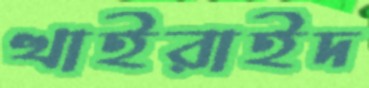
খাইরাইদ